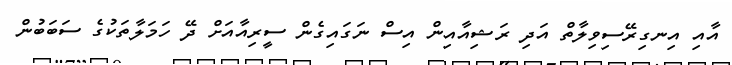
އާއި އިނގިރޭސިވިލާތް އަދި ރަޝިއާއިން އިސް ނަގައިގެން ސީރިއާއަށް ދޭ ހަމަލާތަކުގެ ސަބަބުން